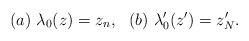
LaTeX: \begin{align*}(a)\ \lambda_0(z)=z_n, \ \ (b)\ \lambda'_0 (z') = z'_N.\end{align*}